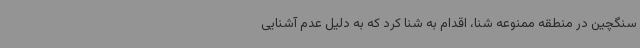
سنگچین در منطقه ممنوعه شنا، اقدام به شنا کرد که به دلیل عدم آشنایی